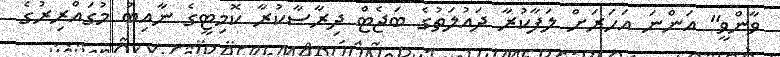
ވާންވީ" އަންނަ އަހަރަށް ލަފާކުރާ ދައުލަތުގެ ބަޖެޓް ދިރާސާކުރާ ކޮމިޓީގެ ނާއިބު މުގައްރިރުގެ